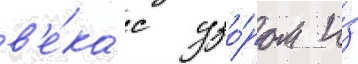
в'е́ка с узо́ром и́з